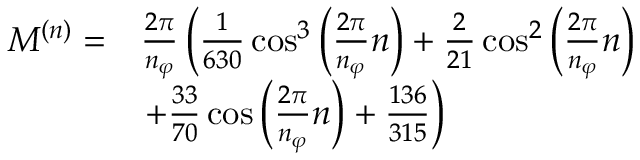
\begin{array} { r l } { M ^ { ( n ) } = } & { \frac { 2 \pi } { n _ { \varphi } } \left( \frac { 1 } { 6 3 0 } \cos ^ { 3 } \left( \frac { 2 \pi } { n _ { \varphi } } n \right) + \frac { 2 } { 2 1 } \cos ^ { 2 } \left( \frac { 2 \pi } { n _ { \varphi } } n \right) \right. } \\ & { \left. + \frac { 3 3 } { 7 0 } \cos \left( \frac { 2 \pi } { n _ { \varphi } } n \right) + \frac { 1 3 6 } { 3 1 5 } \right) } \end{array}